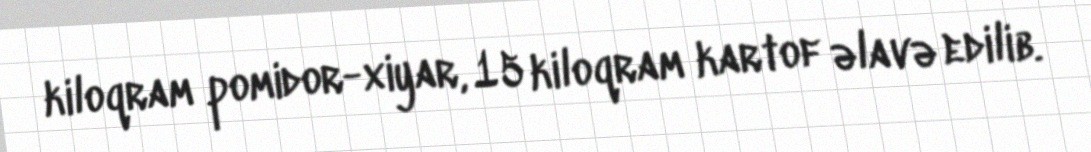
kiloqram pomidor-xiyar, 15 kiloqram kartof əlavə edilib.